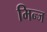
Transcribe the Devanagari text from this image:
मिन्ज